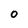
Character: O